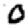
Digit: 0